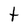
Character: t